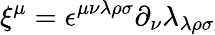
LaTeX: \xi^{\mu}=\epsilon^{\mu\nu\lambda\rho\sigma}\partial_{\nu}\lambda_{\lambda\rho\sigma}